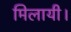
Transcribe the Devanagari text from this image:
मिलायी।